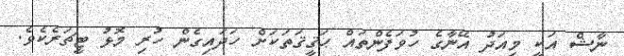
ނާޝް އަކީ މިއަދު އޭނާގެ ހުވަފެންތައް ޙަޤީޤަތަކަށް ހަދައިގެން ހުރި މޮޅު ޓީޗަރެކެވެ.